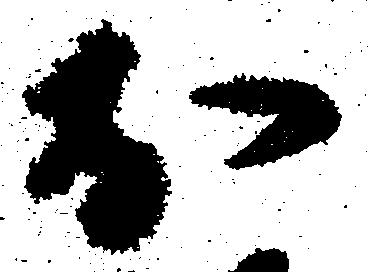
於